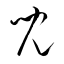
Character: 児